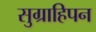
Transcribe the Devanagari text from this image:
सुग्राहिपन